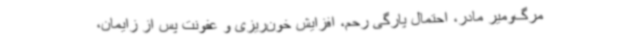
مرگ‌ومیر مادر، احتمال پارگی رحم، افزایش خون‌ریزی و عفونت پس از زایمان،